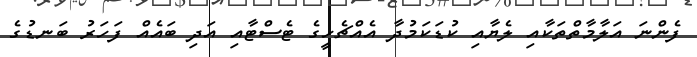
ފެންނަ އަލާމާތްތަކާއި ލެޔާއި ކުޑަކަމުދާ އެއްޗެހީގެ ޓެސްޓާއި އަދި ބައެއް ފަހަރު ބަނޑުގެ